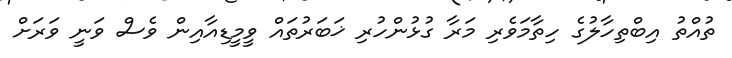
ތުއްތު އިބްތިހާލުގެ ހިތާމަވެރި މަރާ ގުޅުންހުރި ޚަބަރުތައް ވީމީޑިއާއިން ވެސް ވަނީ ވަރަށް